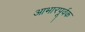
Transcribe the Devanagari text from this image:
आभारपूर्वक